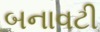
બનાવટી